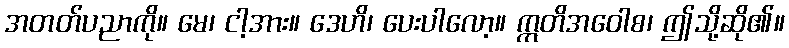
အတတ်ပညာကို။ မေ၊ ငါ့အား။ ဒေဟိ၊ ပေးပါလော့။ ဣတိအဝေါစ၊ ဤသို့ဆို၏။